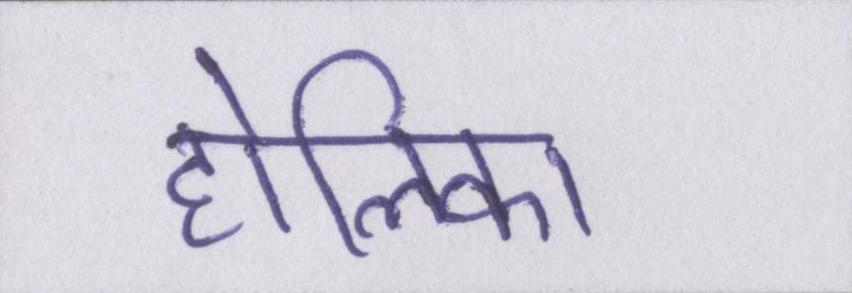
होलिका